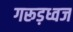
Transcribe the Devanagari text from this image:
गरूड़ध्वज